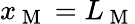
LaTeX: x_{\mathrm{~M~}}=L_{\mathrm{~M~}}